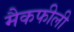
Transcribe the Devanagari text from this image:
मैकफीली